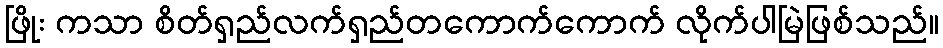
ဖြိုး ကသာ စိတ်ရှည်လက်ရှည်တကောက်ကောက် လိုက်ပါမြဲဖြစ်သည်။